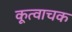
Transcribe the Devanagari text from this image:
कूत्वाचक